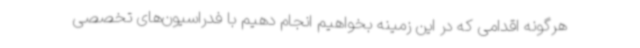
هرگونه اقدامی که در این زمینه بخواهیم انجام دهیم با فدراسیون‌های تخصصی